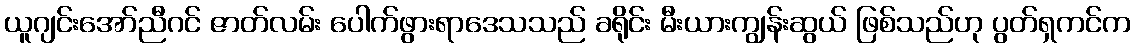
ယူဂျင်းအော်ညီဂင် ဇာတ်လမ်း ပေါက်ဖွားရာဒေသသည် ခရိုင်း မီးယားကျွန်းဆွယ် ဖြစ်သည်ဟု ပွတ်ရှကင်က